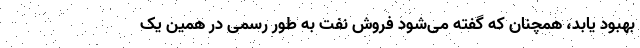
بهبود یابد، همچنان که گفته می‌شود فروش نفت به طور رسمی در همین یک